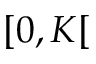
[ 0 , K [